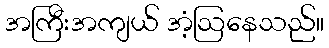
အကြီးအကျယ် အံ့ဩနေသည်။